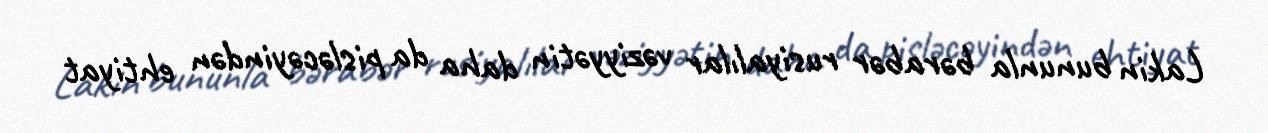
Lakin bununla bərabər rusiyalılar vəziyyətin daha da pisləcəyindən ehtiyat